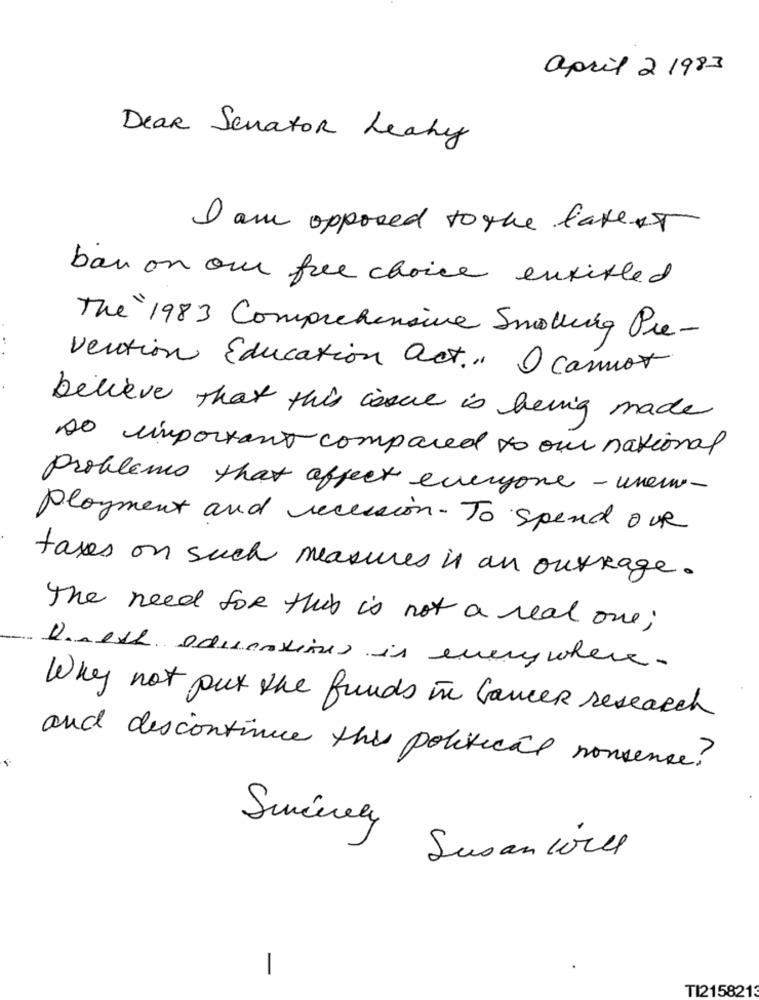
april 2 1983
Dear Senator Leahy
I am opposed to the latest
ban on our free choice entitled
The 1983 Comprehensive Smalling Pre-
vention Education act.". I cannot
believe that this issue is being made
so important compared to our national
Problems that affect everyone - unem-
Ployment and recession. To spend OUR
taxes on such measures in an outrage.
The need for this is not a real one;
Dnech educationes is everywhere.
Why not put the funds in Cancer research
and discontinue this political nonsense?
Sincerely
Susan will
-
TI2158213